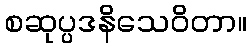
စဆုပ္ပဒနိသေဝိတာ။